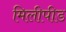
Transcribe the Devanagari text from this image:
मिलीपीड